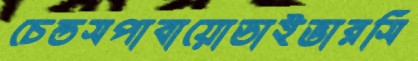
চেন্ডসপাবায়োডাইভারসি